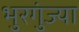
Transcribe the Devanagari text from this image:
भुरगुंज्या